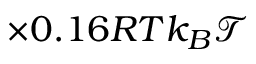
\times 0 . 1 6 R T k _ { B } \mathcal { T }